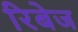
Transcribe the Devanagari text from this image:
रिबेज